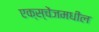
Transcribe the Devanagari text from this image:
एक्स्चेंजमधील